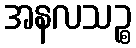
အနလသဉ္စ